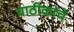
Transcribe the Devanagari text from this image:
याठीकांचे